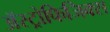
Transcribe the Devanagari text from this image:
ॲस्ट्रोफिजिक्‍स